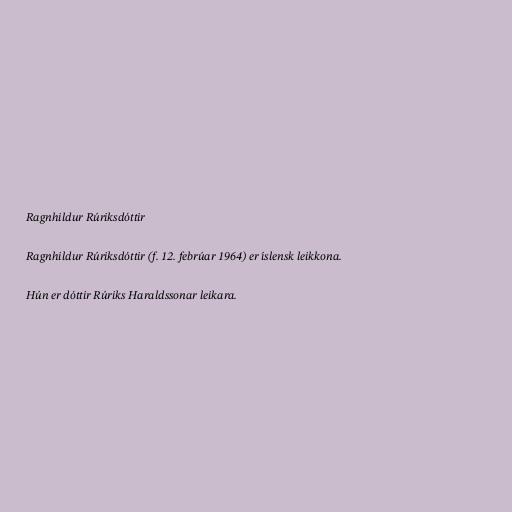
Ragnhildur Rúriksdóttir

Ragnhildur Rúriksdóttir (f. 12. febrúar 1964) er íslensk leikkona.

Hún er dóttir Rúriks Haraldssonar leikara.